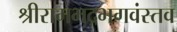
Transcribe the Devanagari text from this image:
श्रीरामभद्रभगवंस्तव